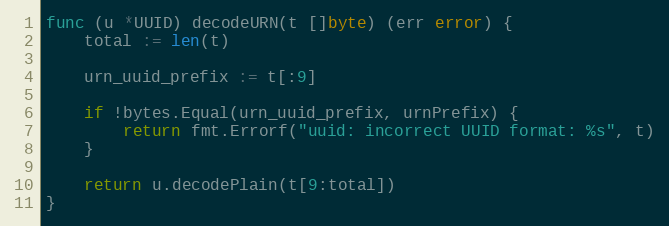
Language: Go
func (u *UUID) decodeURN(t []byte) (err error) {
	total := len(t)

	urn_uuid_prefix := t[:9]

	if !bytes.Equal(urn_uuid_prefix, urnPrefix) {
		return fmt.Errorf("uuid: incorrect UUID format: %s", t)
	}

	return u.decodePlain(t[9:total])
}